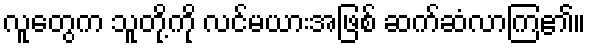
လူတွေက သူတို့ကို လင်မယားအဖြစ် ဆက်ဆံလာကြ၏။